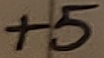
Text: +5